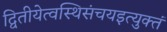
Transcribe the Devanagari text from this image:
द्वितीयेत्वस्थिसंचयइत्युक्तं